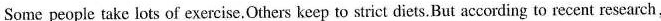
Some people take lots of exercise.Others keep to strict diets.But according to recent research,